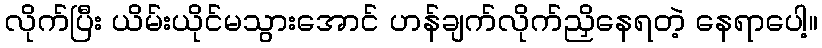
လိုက်ပြီး ယိမ်းယိုင်မသွားအောင် ဟန်ချက်လိုက်ညှိနေရတဲ့ နေရာပေါ့။